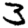
Digit: 3